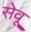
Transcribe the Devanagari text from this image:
सेवू